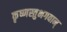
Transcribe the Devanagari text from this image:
कृष्णस्तुभगवान्